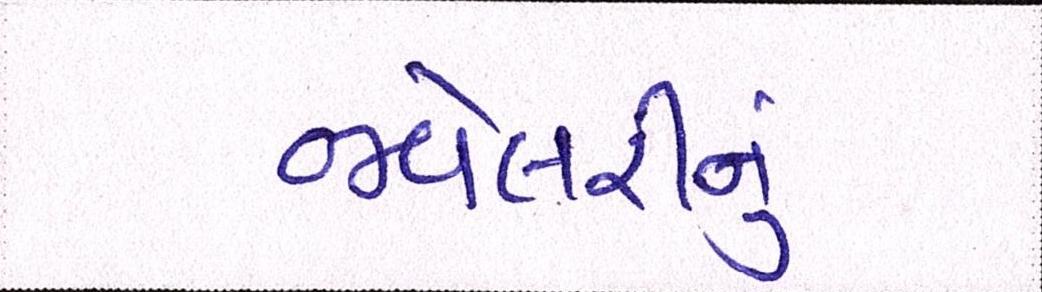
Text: જવેલરીનું